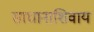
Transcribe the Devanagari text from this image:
साधानाशिवाय